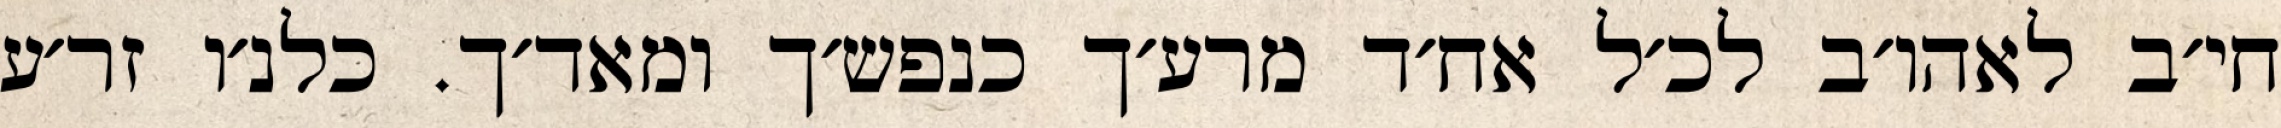
חי׳ב לאהו׳ב לכ׳ל אח׳ד מרע׳ך כנפש׳ך ומאד׳ך. כלנ׳ו זר׳ע